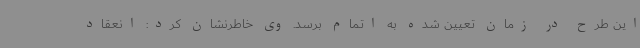
این طرح در زمان تعیین شده به اتمام برسد. وی خاطرنشان کرد: انعقاد